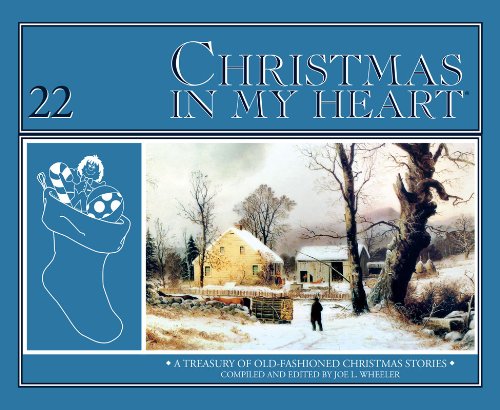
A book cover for Christmas In My Heart V22; Joe L. Wheeler; Christian Books & Bibles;